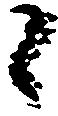
候